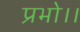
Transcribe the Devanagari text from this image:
प्रभो।।